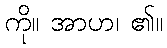
ကို။ အာဟ၊ ၏။